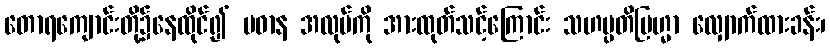
တောရကျောင်းတို့၌နေထိုင်၍ ပဓာန အလုပ်ကို အားထုတ်သင့်ကြောင်း သဟမ္ပတိဗြဟ္မာ လျှောက်ထားခန်း၊